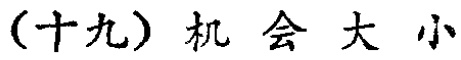
（十九）机会大小